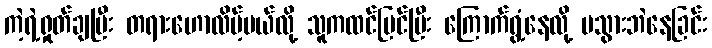
ကဲ့ရဲ့ရှုတ်ချပြီး တရားဟောလိမ့်မယ်လို့ သူကထင်မြင်ပြီး ကြောက်ရွံ့နေလို့ မသွားဘဲနေခြင်း